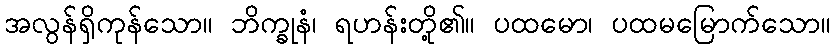
အလွန်ရှိကုန်သော။ ဘိက္ခုနံ၊ ရဟန်းတို့၏။ ပထမော၊ ပထမမြောက်သော။